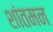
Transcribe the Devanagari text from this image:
शांतमन